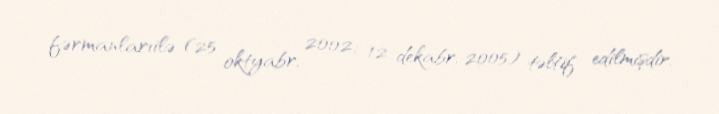
fərmanlarıilə (25 oktyabr, 2002; 12 dekabr, 2005) təltif edilmişdir.